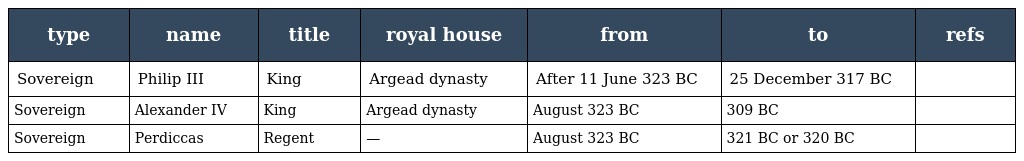
| type | name | title | royal house | from | to | refs |
 | --- | --- | --- | --- | --- | --- | --- |
 | Sovereign | Philip III | King | Argead dynasty | After 11 June 323 BC | 25 December 317 BC |  |
 | Sovereign | Alexander IV | King | Argead dynasty | August 323 BC | 309 BC |  |
 | Sovereign | Perdiccas | Regent | — | August 323 BC | 321 BC or 320 BC |  |